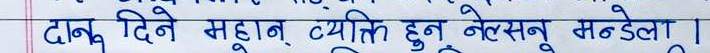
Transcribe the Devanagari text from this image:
दानु दिने महान् व्यक्ति हुनु नेल्सन मण्डेला।